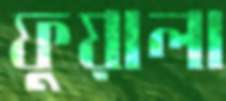
ফুয়ালা